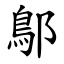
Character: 鄥